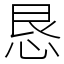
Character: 恳